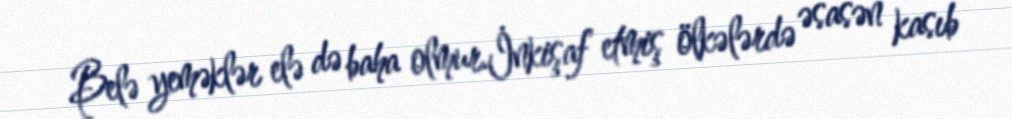
Belə yeməklər elə də baha olmur.İnkişaf etmiş ölkələrdə əsasən kasıb